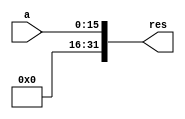
module zeroExtender16to32(res, a);
	input [15:0] a;
	output [31:0] res;
	
	and r0(res[0], a[0], 1'b1);
	and r1(res[1], a[1], 1'b1);
	and r2(res[2], a[2], 1'b1);
	and r3(res[3], a[3], 1'b1);
	and r4(res[4], a[4], 1'b1);
	and r5(res[5], a[5], 1'b1);
	and r6(res[6], a[6], 1'b1);
	and r7(res[7], a[7], 1'b1);
	and r8(res[8], a[8], 1'b1);
	and r9(res[9], a[9], 1'b1);
	and r10(res[10], a[10], 1'b1);
	and r11(res[11], a[11], 1'b1);
	and r12(res[12], a[12], 1'b1);
	and r13(res[13], a[13], 1'b1);
	and r14(res[14], a[14], 1'b1);
	and r15(res[15], a[15], 1'b1);
	and r16(res[16], 1'b0, 1'b1);
	and r17(res[17], 1'b0, 1'b1);
	and r18(res[18], 1'b0, 1'b1);
	and r19(res[19], 1'b0, 1'b1);
	and r20(res[20], 1'b0, 1'b1);
	and r21(res[21], 1'b0, 1'b1);
	and r22(res[22], 1'b0, 1'b1);
	and r23(res[23], 1'b0, 1'b1);
	and r24(res[24], 1'b0, 1'b1);
	and r25(res[25], 1'b0, 1'b1);
	and r26(res[26], 1'b0, 1'b1);
	and r27(res[27], 1'b0, 1'b1);
	and r28(res[28], 1'b0, 1'b1);
	and r29(res[29], 1'b0, 1'b1);
	and r30(res[30], 1'b0, 1'b1);
	and r31(res[31], 1'b0, 1'b1);
	
endmodule